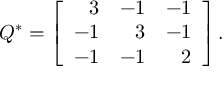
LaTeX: Q ^ { \ast } = \left[ { \begin{array} { r r r } { 3 } & { - 1 } & { - 1 } \\ { - 1 } & { 3 } & { - 1 } \\ { - 1 } & { - 1 } & { 2 } \end{array} } \right] .